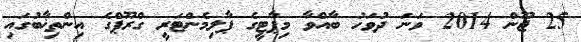
25 ޖޫން 2014 ވަނަ ދުވަހު ބާއްވާ މިޕާޓީގެ ޕާލިމެންޓަރީ ގްރޫޕްގެ އިންތިޚާބުގައި